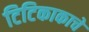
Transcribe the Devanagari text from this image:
टिटिकाकाचे